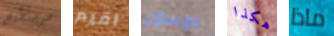
سيستطيع اقيم دوسون هكذا ماذا